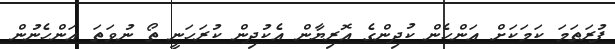
ފުރަތަމަ ކަމަކަށް އަންހެން ކުދިންގެ އޮރިޔާން އެކުދިން ކުރަހަނީ ތޯ ނުވަތަ އަންހެނުން